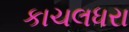
કાચલધરા